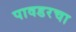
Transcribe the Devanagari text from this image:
पावडरचा